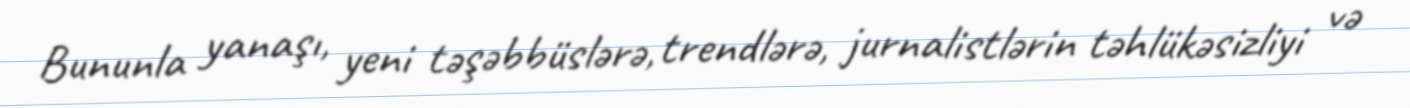
Bununla yanaşı, yeni təşəbbüslərə, trendlərə, jurnalistlərin təhlükəsizliyi və